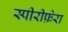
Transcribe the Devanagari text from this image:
स्पीरीफ़ेरा